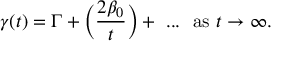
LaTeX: \gamma ( t ) = \Gamma + \Big ( { \frac { 2 \beta _ { 0 } } { t } } \Big ) + \ . . . \ \ \mathrm { a s \ } t \to \infty .